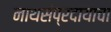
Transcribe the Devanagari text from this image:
नाथसंप्रदायाचा